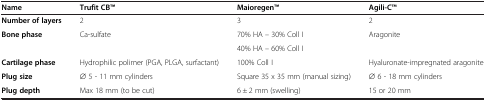
| Name | Trufit CBTM | MaioregenTM | Agili-CTM |
 | --- | --- | --- | --- |
 | Number of layers | 2 | 3 | 2 |
 | <ROWSPAN=2> Bone phase | <ROWSPAN=2> Ca-sulfate | 70% HA – 30% Coll I | <ROWSPAN=2> Aragonite |
 | 40% HA – 60% Coll I |
 | Cartilage phase | Hydrophilic polimer (PGA, PLGA, surfactant) | 100% Coll I | Hyaluronate-impregnated aragonite |
 | Plug size | ∅ 5 - 11 mm cylinders | Square 35 x 35 mm (manual sizing) | ∅ 6 - 18 mm cylinders |
 | Plug depth | Max 18 mm (to be cut) | 6 ± 2 mm (swelling) | 15 or 20 mm |